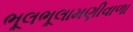
ભૂલભૂલામણીવાળા